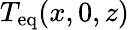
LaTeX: T_{\mathrm{eq}}(x,0,z)